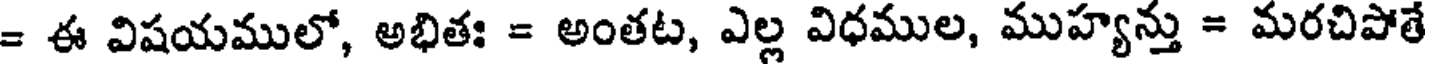
= ఈ విషయములో, అభితః = అంతట, ఎల్ల విధముల, ముహ్యన్తు = మరచిపోతే